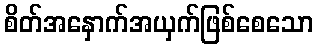
စိတ်အနှောက်အယှက်ဖြစ်စေသော